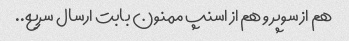
هم از سوپر و هم از اسنپ ممنون بابت ارسال سریع..